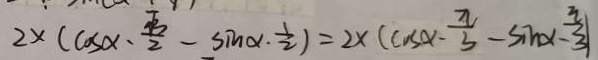
2 \times ( \cos x - \frac { \sqrt { 3 } } { 2 } - \sin \alpha \cdot \frac { 1 } { 2 } ) = 2 \times ( \cos \alpha - \frac { \pi } { 3 } - \sin x - \frac { \pi } { 3 } )